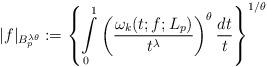
LaTeX: \begin{align*} |f|_{B_p^{\lambda\theta}}:= \left\{ \int\limits_0^1\left(\frac{\omega_k(t;f;L_p)}{t^\lambda} \right)^\theta\frac{dt}t\right\}^{1/\theta} \end{align*}